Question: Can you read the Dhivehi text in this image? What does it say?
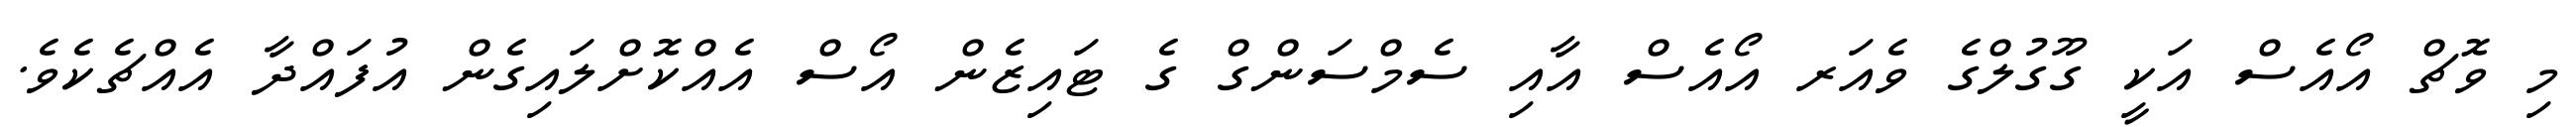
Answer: މި ވޮޗް އޯއެސް އަކީ ގޫގުލްގެ ވެއަރ އޯއެސް އާއި ސެމްސަންގް ގެ ޓައިޒެން އޯސް އެއްކޮށްލައިގެން އުފައްދާ އެއްޗެކެވެ.